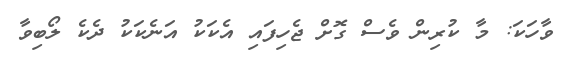
ވާހަކަ: މާ ކުރިން ވެސް ގޮށް ޖެހިފައި އެކަކު އަނެކަކު ދެކެ ލޯބިވާ